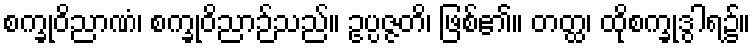
စက္ခုဝိညာဏံ၊ စက္ခုဝိညာဉ်သည်။ ဥပ္ပဇ္ဇတိ၊ ဖြစ်၏။ တတ္ထ၊ ထိုစက္ခုဒွါရ၌။